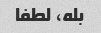
بله، لطفا